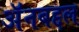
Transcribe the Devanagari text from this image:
अॅनबद्दल